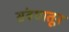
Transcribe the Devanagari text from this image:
संबधातून